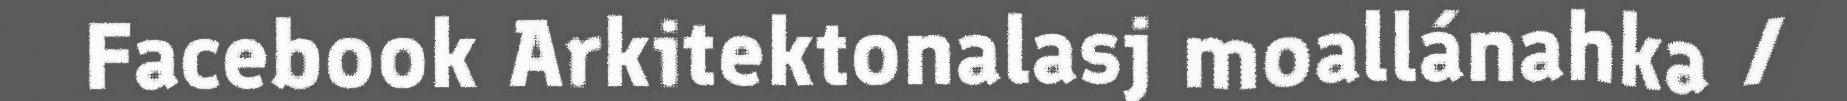
Facebook Arkitektonalasj moallánahka /